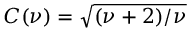
C ( \nu ) = \sqrt { ( \nu + 2 ) / \nu }